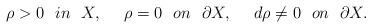
LaTeX: \begin{align*} \rho>0\ \ in \ \ X,\ \ \ \ \rho=0\ \ on\ \ \partial X,\ \ \ \ d\rho\neq 0\ \ on \ \ \partial X.\end{align*}